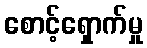
စောင့်ရှောက်မှု